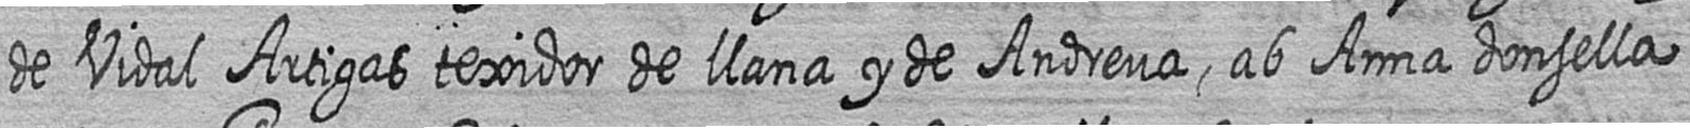
de Vidal Artigas texidor de llana y de Andreua ab Anna donsella